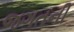
જગતની